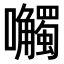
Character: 𫬼